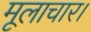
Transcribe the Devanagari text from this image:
मूलाचार।